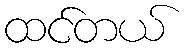
ထင်တယ်